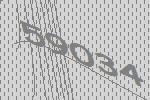
59034